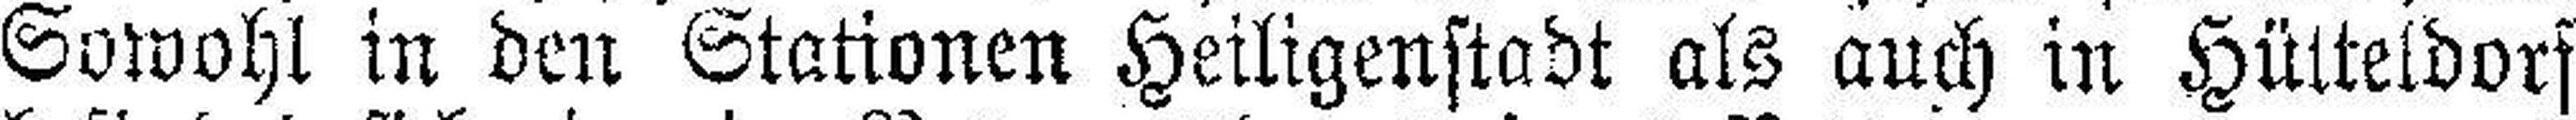
Sowohl in den Stationen Heiligenstadt als auch in Hütteldorf